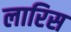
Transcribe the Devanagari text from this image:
लारिस